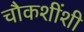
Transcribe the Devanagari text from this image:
चौकशींशी